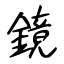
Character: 鏡